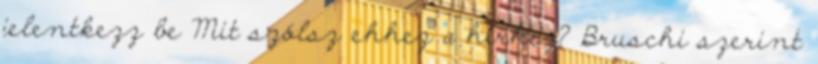
jelentkezz be Mit szólsz ehhez a hírhez? Bruschi szerint